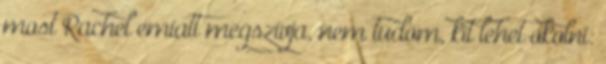
most Rachel emiatt megszívja, nem tudom, kit lehet okolni: